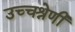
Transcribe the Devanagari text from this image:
उच्चश्रेणी